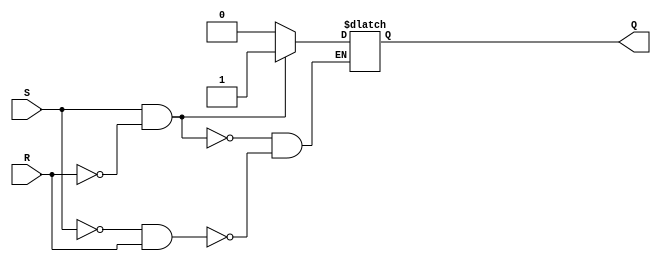
module sr_ff(
    input S, // Set input
    input R, // Reset input
    output reg Q // Output
);

always @ (S or R)
begin
    if (S && !R) // Set operation
        Q <= 1;
    else if (!S && R) // Reset operation
        Q <= 0;
    else // Maintain current state
        Q <= Q;
end

endmodule